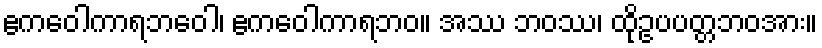
ဧကဝေါကာရဘဝေါ၊ ဧကဝေါကာရဘဝ။ အဿ ဘဝဿ၊ ထိုဥပပတ္တဘဝအား။